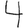
Digit: 4